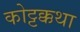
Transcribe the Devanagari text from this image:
कोट्टक्कथा